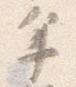
年